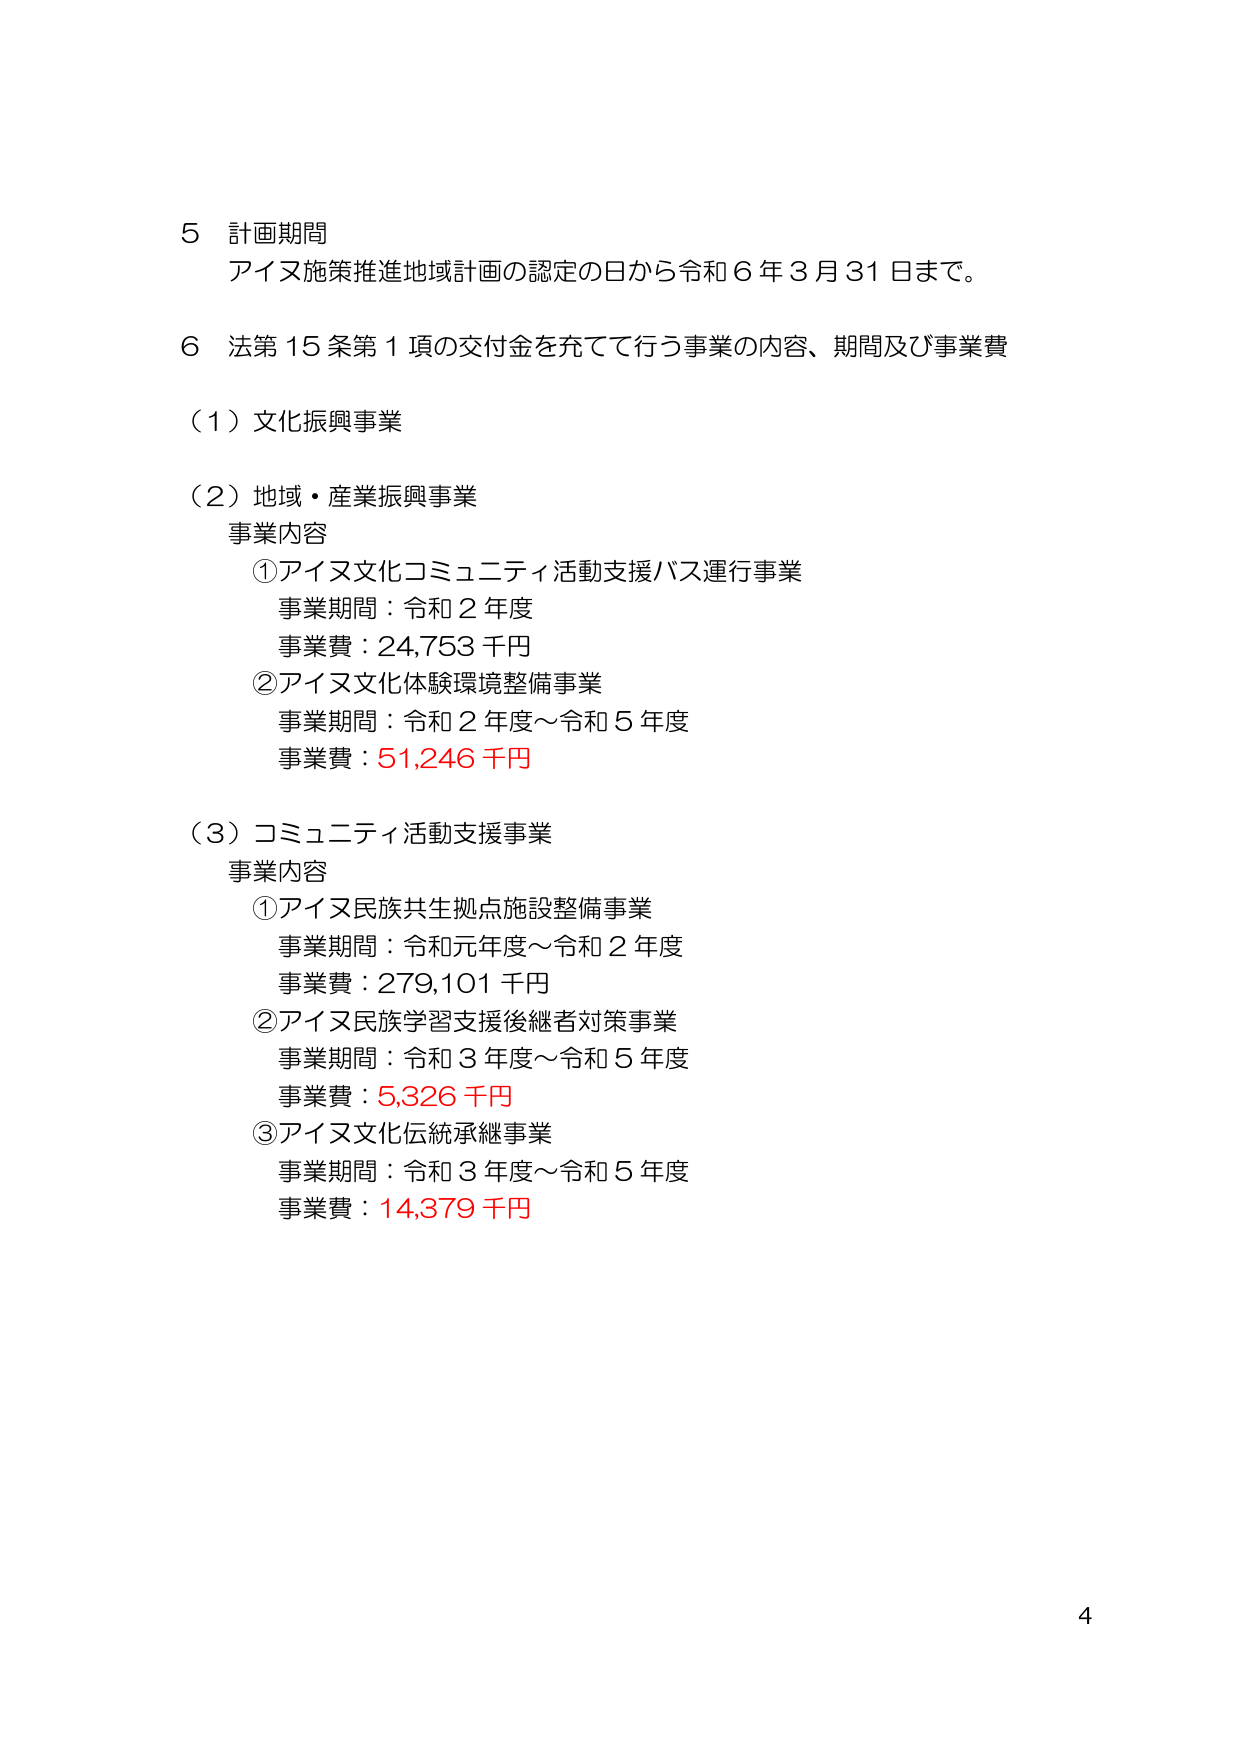
5 計画期間
アイヌ施策推進地域計画の認定の日から令和６年３月31日まで。

6 法第15条第1項の交付金を充てて行う事業の内容、期間及び事業費

（1）文化振興事業

（2）地域・産業振興事業
事業内容
①アイヌ文化コミュニティ活動支援バス運行事業
事業期間：令和2年度
事業費：24,753千円
②アイヌ文化体験環境整備事業
事業期間：令和2年度～令和5年度
事業費：51,246千円

（3）コミュニティ活動支援事業
事業内容
①アイヌ民族共生拠点施設整備事業
事業期間：令和元年度～令和2年度
事業費：279,101千円
②アイヌ民族学習支援後継者対策事業
事業期間：令和3年度～令和5年度
事業費：5,326千円
③アイヌ文化伝統承継事業
事業期間：令和3年度～令和5年度
事業費：14,379千円

4